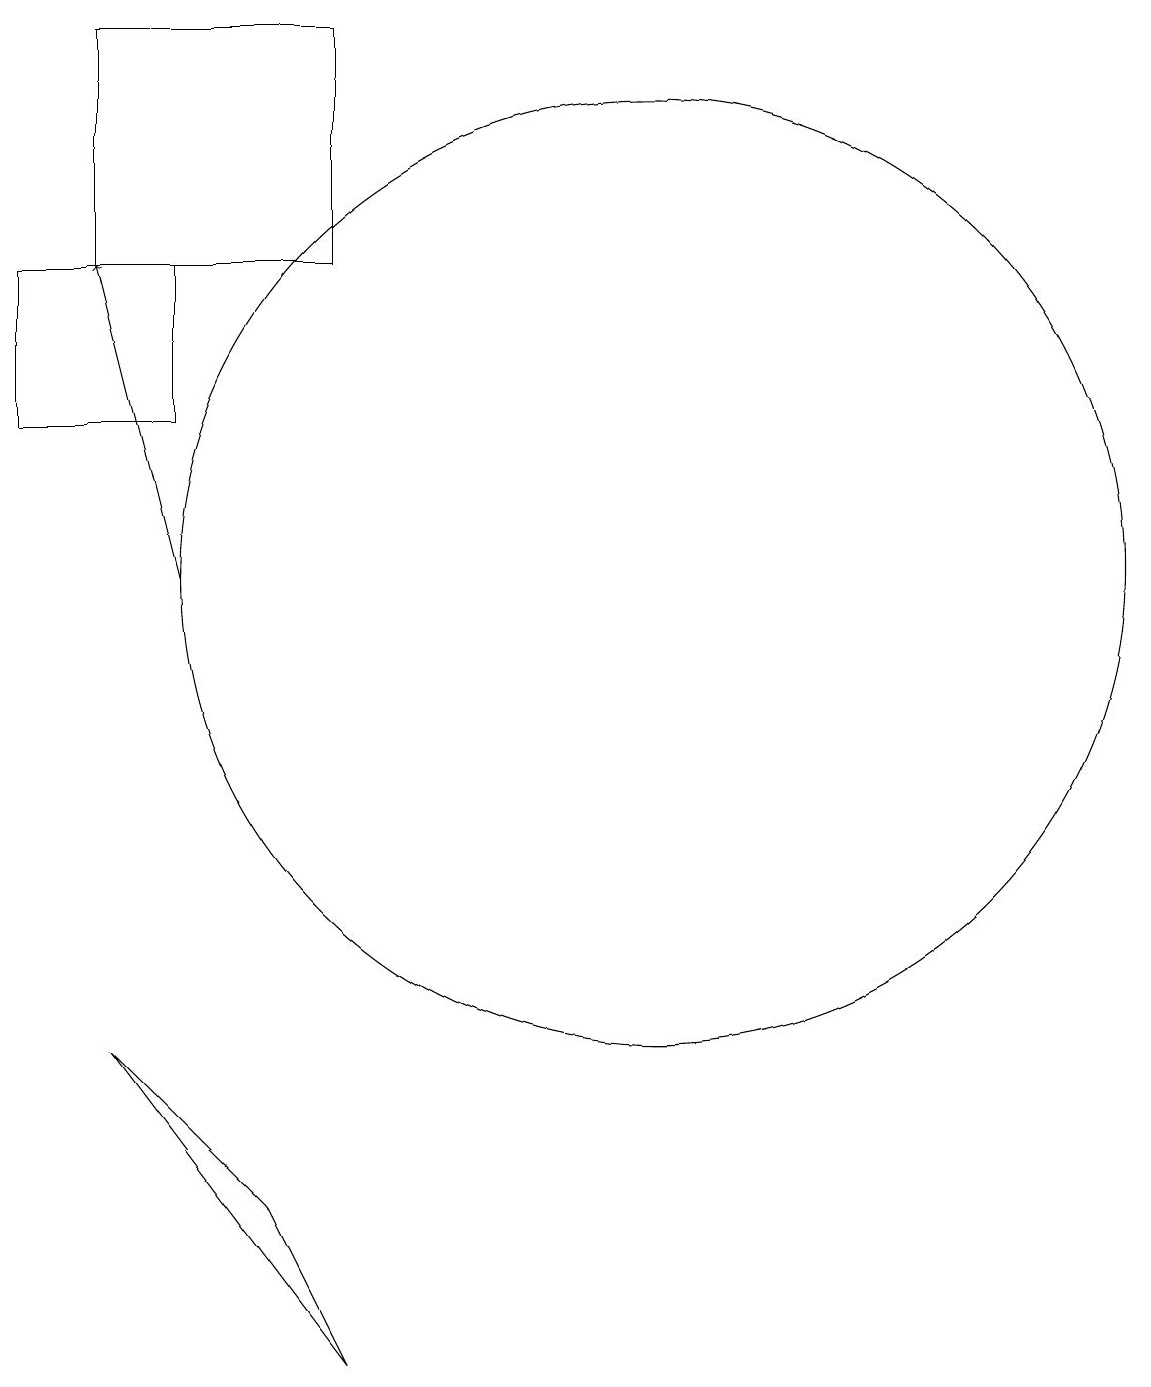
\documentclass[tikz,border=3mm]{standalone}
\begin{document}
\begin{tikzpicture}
\draw (3,19) rectangle (6,16);
\draw (5,4) -- (3,6) -- (6,2) -- cycle;
\draw[->] (4,12) -- (3,16);
\draw (10,12) circle (6);
\draw (4,16) rectangle (2,14);
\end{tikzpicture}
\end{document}